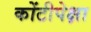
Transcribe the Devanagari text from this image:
कोंटीपेक्षा